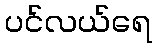
ပင်လယ်ရေ